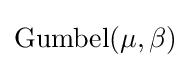
\mathrm {Gumbel} (\mu ,\beta )